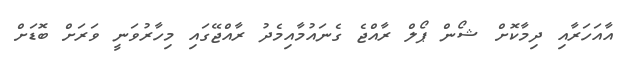
އާއަހަރާއި ދިމާކޮށް ޝޯން ޕޯލް ރާއްޖެ ގެނައުމާއިމެދު ރާއްޖޭގައި މިހާރުވަނީ ވަރަށް ބޮޑަށް